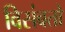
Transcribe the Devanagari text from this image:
विसंबतो